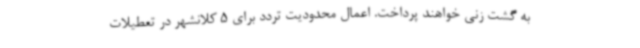
به گشت زنی خواهند پرداخت. اعمال محدودیت تردد برای 5 کلانشهر در تعطیلات